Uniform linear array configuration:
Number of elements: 4
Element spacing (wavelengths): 0.75
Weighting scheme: kaiser
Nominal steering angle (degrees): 45
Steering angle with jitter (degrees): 46.73
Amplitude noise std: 0.05
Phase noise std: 0.05

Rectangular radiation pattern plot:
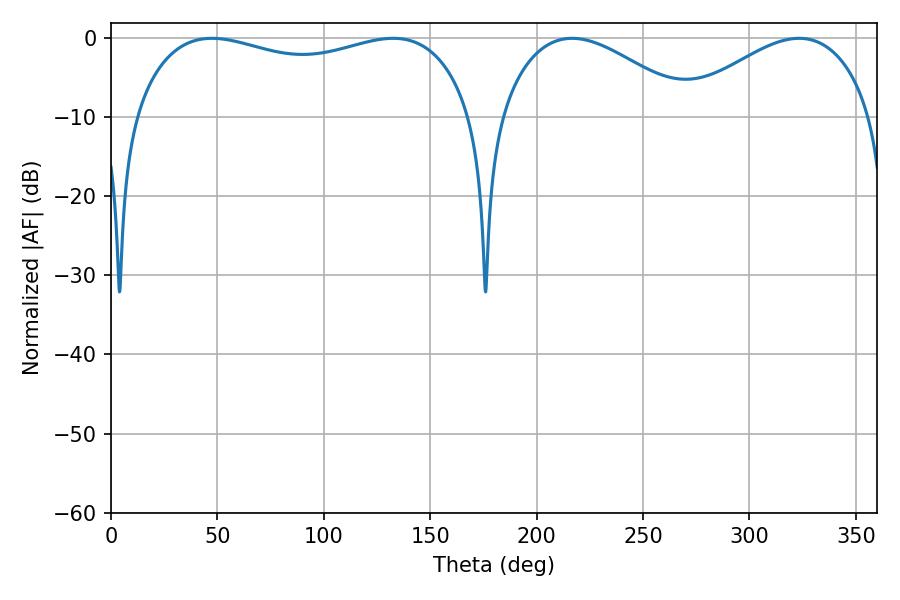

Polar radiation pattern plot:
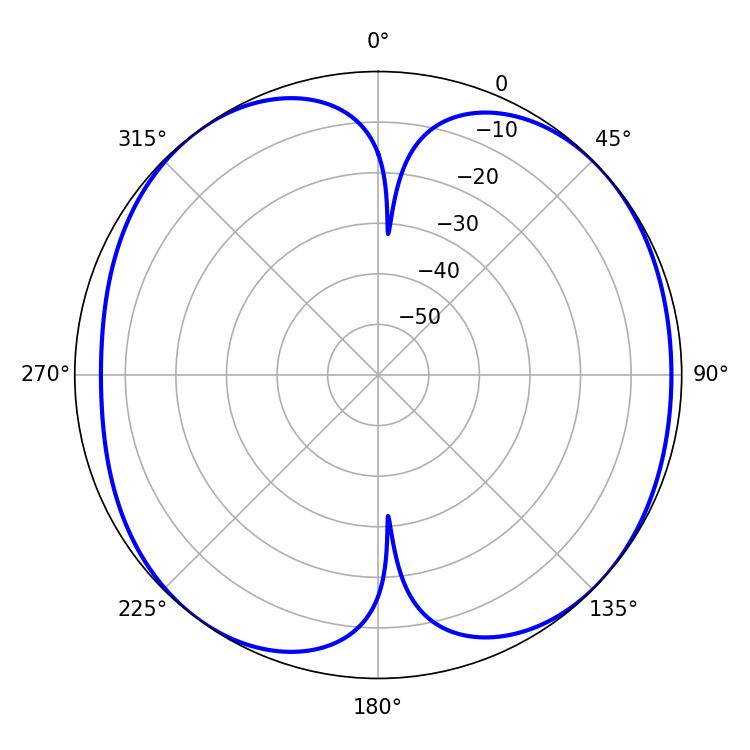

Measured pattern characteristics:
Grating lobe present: TRUE
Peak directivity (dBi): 8.264
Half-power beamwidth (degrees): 49.5
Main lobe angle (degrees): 216.72